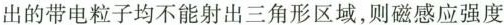
出的带电粒子均不能射出三角形区域，则磁感应强度